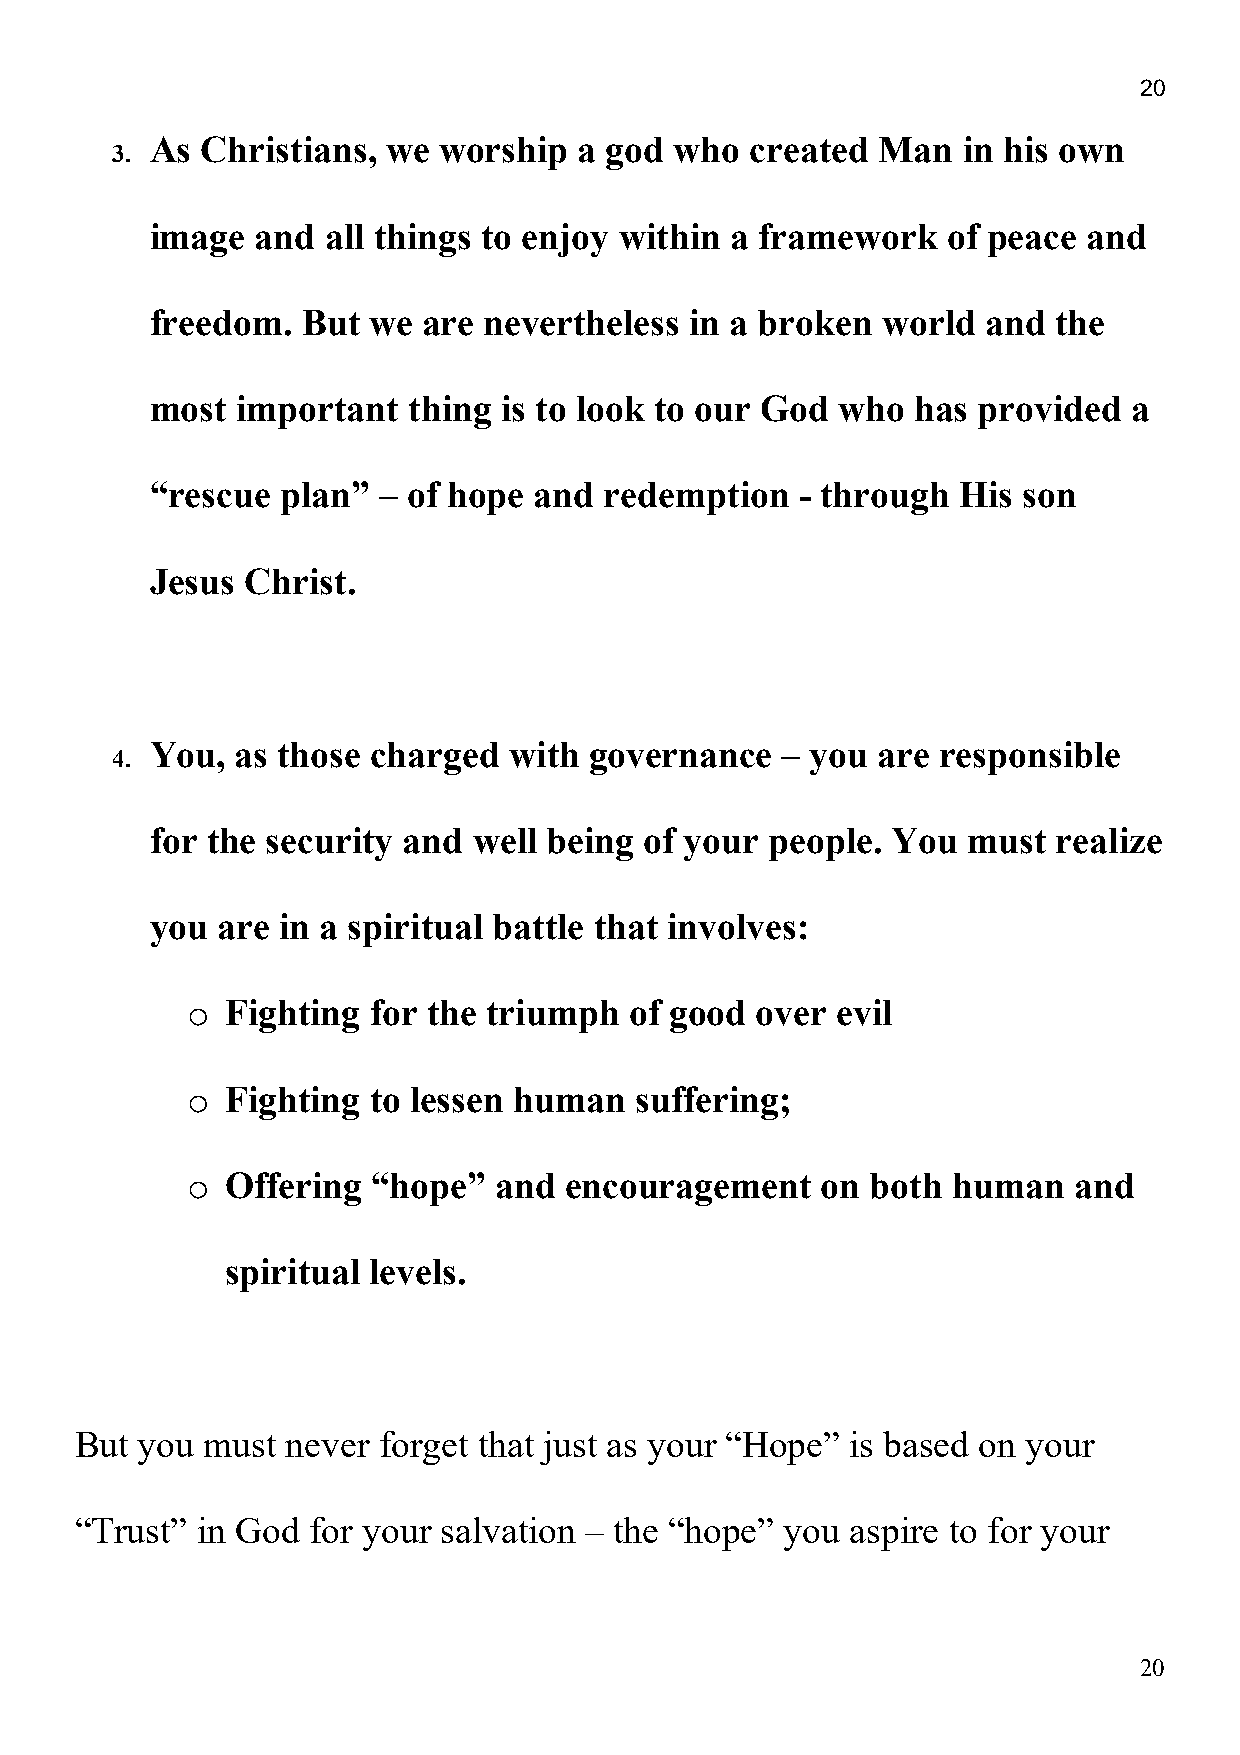
20
 3. As Christians,  we worship  a god  who  created Man   in his own
 image  and  all things to enjoy within a framework   of peace and
 freedom.  But we  are nevertheless  in a broken world  and  the
 most  important  thing is to look to our God  who  has provided  a
 “rescue  plan” – of hope and  redemption   - through  His son
 Jesus Christ.
 4. You,  as those charged  with governance   – you are responsible
 for the security and well being  of your people. You  must  realize
 you are in a spiritual battle that involves:
 o
 Fighting for the triumph   of good over evil
 o
 Fighting to lessen human   suffering;
 o
 Offering  “hope”  and encouragement    on  both human   and
 spiritual levels.
 But you  must never forget that just as your “Hope” is based on your
 “Trust” in God for your salvation – the “hope” you aspire to for your
 20